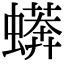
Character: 蠎